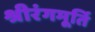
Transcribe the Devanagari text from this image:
श्रीरंगमूर्ति